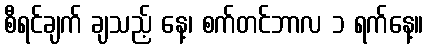
စီရင်ချက် ချသည့် နေ့၊ စက်တင်ဘာလ ၁ ရက်နေ့။